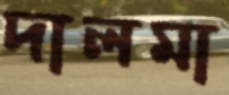
দালমা